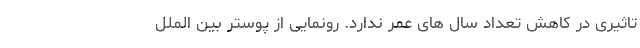
تاثیری در کاهش تعداد سال های عمر ندارد. رونمایی از پوستر بین الملل